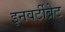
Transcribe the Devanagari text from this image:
इनवर्टीब्रेट